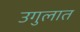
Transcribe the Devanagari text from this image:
उगुलात